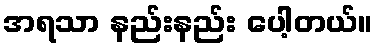
အရသာ နည်းနည်း ပေါ့တယ်။